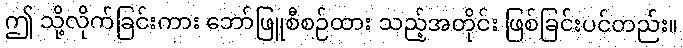
ဤ သို့လိုက်ခြင်းကား ဘော်ဖြူစီစဉ်ထား သည့်အတိုင်း ဖြစ်ခြင်းပင်တည်း။